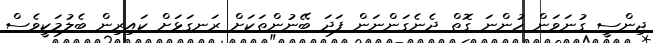
ޖިންސީ ގުނަވަން ހުންނަ ގޮތް ދެނެގަންނަން ފަދަ ބޭނުންތަކަށް ރަނގަޅަށް ކައިރިން ބެލުމަކީވެސް